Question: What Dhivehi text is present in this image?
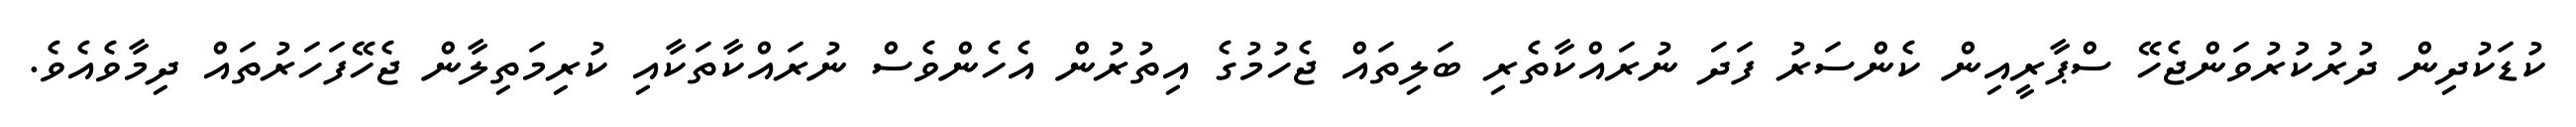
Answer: ކުޑަކުދިން ދުރުކުރުވަންޖެހޭ ސްޕާރީއިން ކެންސަރު ފަދަ ނުރައްކާތެރި ބަލިތައް ޖެހުމުގެ އިތުރުން އެހެންވެސް ނުރައްކާތަކާއި ކުރިމަތިލާން ޖެހޭފަހަރުތައް ދިމާވެއެވެ.